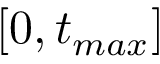
[ 0 , t _ { m a x } ]